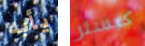
يأبه كيسلر